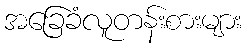
အခြေခံလူတန်းစားများ